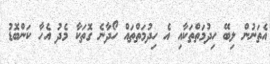
އެތަނުން ލިބޭ ހިދުމަތްތަކާއި އެ ހިދުމަތްތައް ހޯދާނެ ގޮތަކާ މެދު އެހާ ކަންބޮޑު